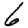
Digit: 6